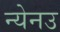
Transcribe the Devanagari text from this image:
न्येनउ